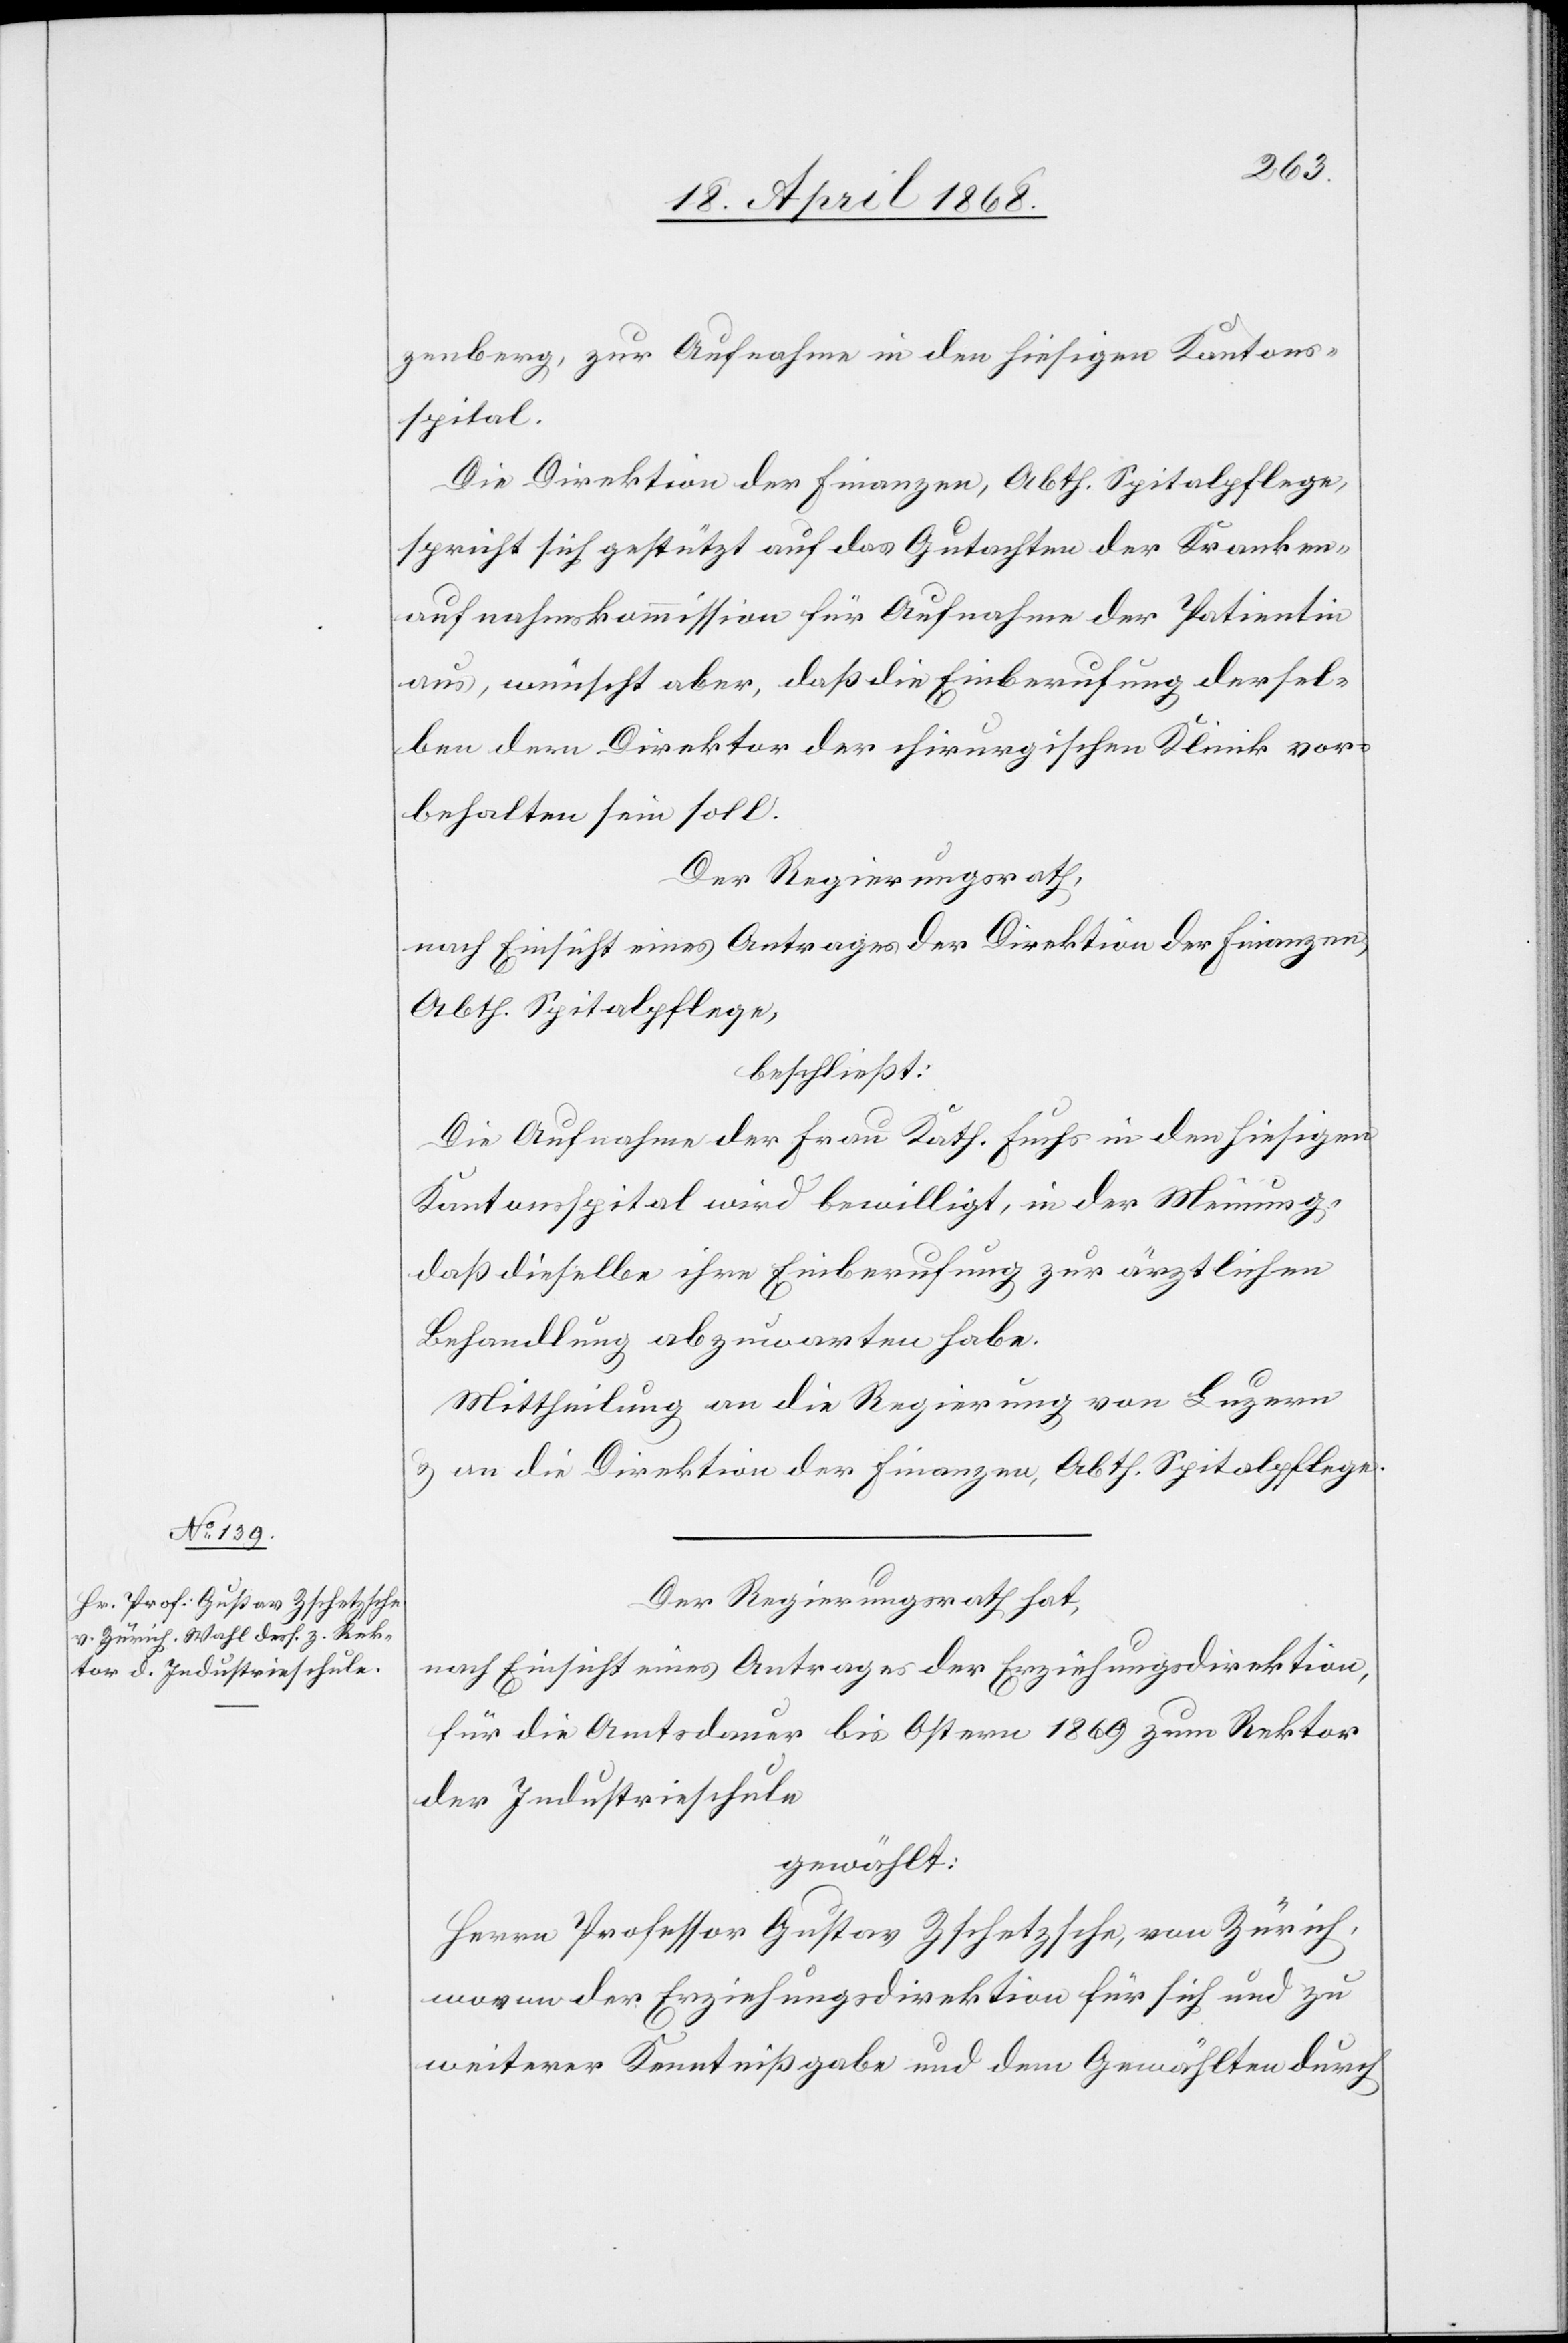
zenberg, zur Aufnahme in den hiesigen Kantons¬
spital.
Die Direktion der Finanzen, Abth. Spitalpflege,
spricht sich gestützt auf das Gutachten der Kranken¬
aufnahmskommission für Aufnahme der Patientin
aus, wünscht aber, daß die Einberufung dersel¬
ben dem Direktor der chirurgischen Klinik vor¬
behalten sein soll.
Der Regierungsrath,
nach Einsicht eines Antrages der Direktion der Finanzen,
Abth. Spitalpflege,
beschließt:
Die Aufnahme der Frau Kath. Fuchs in den hiesigen
Kantonsspital wird bewilligt, in der Meinung,
daß dieselbe ihre Einberufung zur ärztlichen
Behandlung abzuwarten habe.
Mittheilung an die Regierung von Luzern
& an die Direktion der Finanzen, Abth. Spitalpflege.
Der Regierungsrath hat,
nach Einsicht eines Antrages der Erziehungsdirektion,
für die Amtsdauer bis Ostern 1869 zum Rektor
der Industrieschule
gewählt:
Herrn Professor Gustav Zschetzsche, von Zürich,
wovon der Erziehungsdirektion für sich und zu
weiterer Kenntnißgabe und dem Gewählten durch